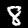
Digit: 8